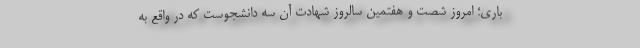
باری؛ امروز شصت و هفتمین سالروز شهادت آن سه دانشجوست که در واقع به